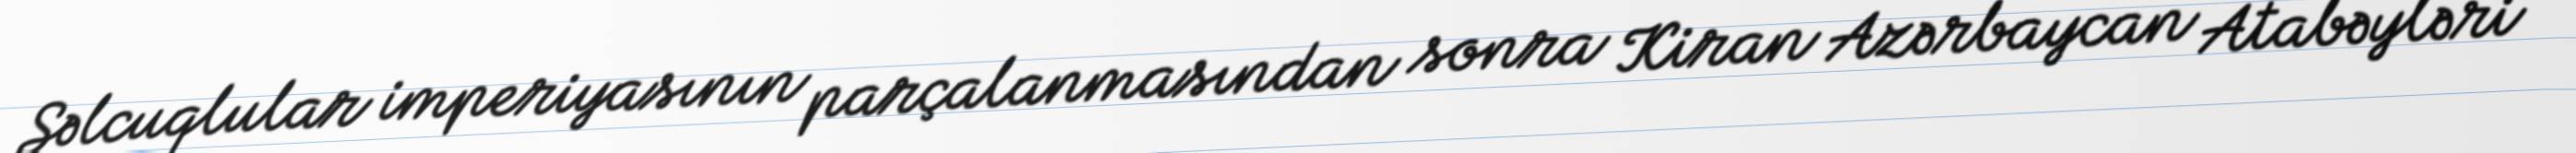
Səlcuqlular imperiyasının parçalanmasından sonra Kiran Azərbaycan Atabəyləri